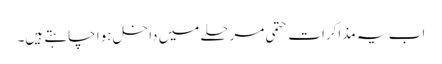
اب یہ مذاکرات حتمی مرحلے میں داخل ہوا چاہتے ہیں۔